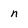
Character: n